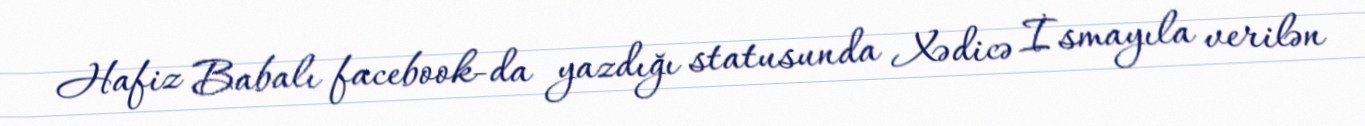
Hafiz Babalı facebook-da yazdığı statusunda Xədicə İsmayıla verilən